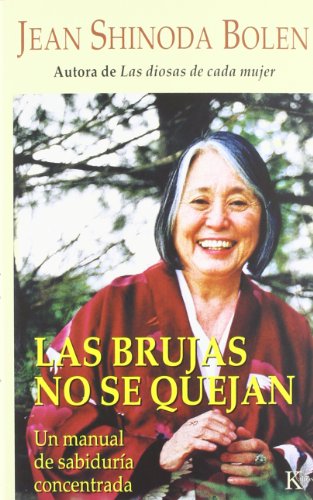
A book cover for Las brujas no se quejan: Un manual de sabidurÃ­a concentrada; Jean Shinoda Bolen; Politics & Social Sciences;